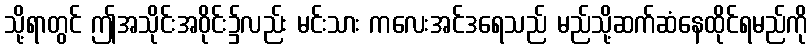
သို့ရာတွင် ဤအသိုင်းအဝိုင်း၌လည်း မင်းသား ကလေးအင်ဒရေသည် မည်သို့ဆက်ဆံနေထိုင်ရမည်ကို